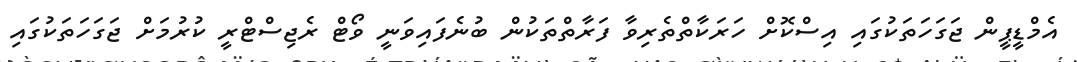
އެމްޑީޕީން ޖަގަހަތަކުގައި އިސްކޮށް ހަރަކާތްތެރިވާ ފަރާތްތަކުން ބުނެފައިވަނީ ވޯޓް ރެޖިސްޓްރީ ކުރުމަށް ޖަގަހަތަކުގައި